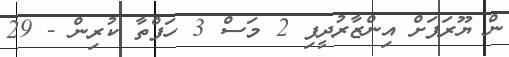
ން ޔޫރަޕަށް އިންޒާރުދީފި 2 މަސް 3 ހަފްތާ ކުރިން - 29